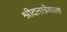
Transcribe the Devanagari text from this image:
श्रीदत्तात्रेयाला